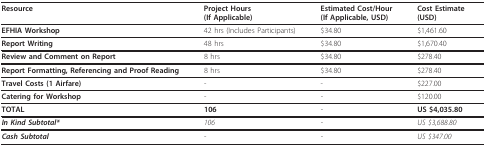
| Resource | Project Hours(If Applicable) | Estimated Cost/Hour(If Applicable, USD) | Cost Estimate(USD) |
 | --- | --- | --- | --- |
 | EFHIA Workshop | 42 hrs (Includes Participants) | $34.80 | $1,461.60 |
 | Report Writing | 48 hrs | $34.80 | $1,670.40 |
 | Review and Comment on Report | 8 hrs | $34.80 | $278.40 |
 | Report Formatting, Referencing and Proof Reading | 8 hrs | $34.80 | $278.40 |
 | Travel Costs (1 Airfare) | - | - | $227.00 |
 | Catering for Workshop | - | - | $120.00 |
 | TOTAL | 106 | - | US $4,035.80 |
 | In Kind Subtotal* | 106 | - | US $3,688.80 |
 | Cash Subtotal | - | - | US $347.00 |